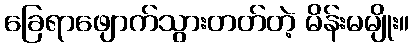
ခြေရာဖျောက်သွားတတ်တဲ့ မိန်းမမျိုး။